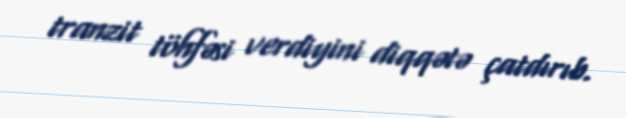
tranzit töhfəsi verdiyini diqqətə çatdırıb.